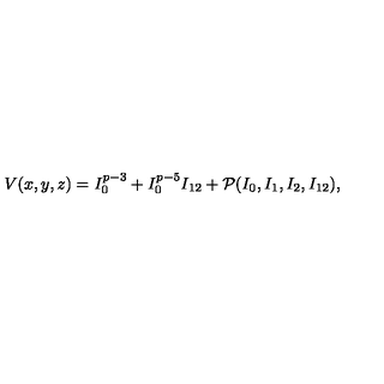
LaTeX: V ( x , y , z ) = I _ { 0 } ^ { p - 3 } + I _ { 0 } ^ { p - 5 } I _ { 1 2 } + { \cal P } ( I _ { 0 } , I _ { 1 } , I _ { 2 } , I _ { 1 2 } ) ,